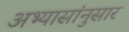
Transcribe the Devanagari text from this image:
अभ्यासांनुसार